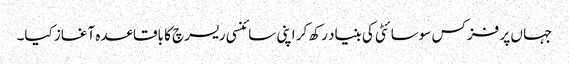
جہا ں پر فزکس سوسائٹی کی بنیاد رکھ کر اپنی سائنسی ریسرچ کا باقاعدہ آغاز کیا۔